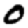
Digit: 0